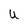
Character: U